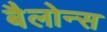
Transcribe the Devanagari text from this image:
बैलोन्स